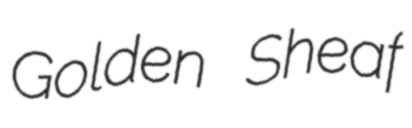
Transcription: Golden Sheaf